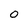
Character: O